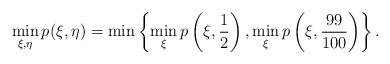
LaTeX: \begin{align*}\min_{\xi, \eta} p(\xi, \eta) = \min\left\{\min_{\xi}p\left(\xi, \frac12\right), \min_{\xi}p\left(\xi, \frac{99}{100}\right)\right\}. \end{align*}